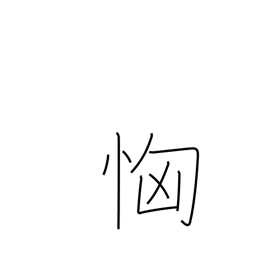
Meaning: fear